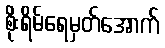
စိုးရိမ်ရေမှတ်အောက်